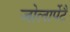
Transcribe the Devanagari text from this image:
जोलार्पेटै